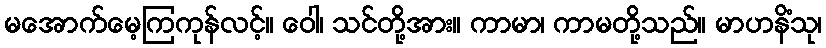
မအောက်မေ့ကြကုန်လင့်။ ဝေါ၊ သင်တို့အား။ ကာမာ၊ ကာမတို့သည်။ မာဟနိံသု၊